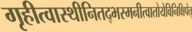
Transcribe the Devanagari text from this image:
गृहीत्वास्थीनितद्भस्मनीत्वातोयेविनिक्षिपेत्